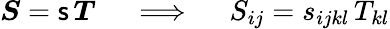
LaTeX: {\boldsymbol{S}}={\mathsf{s}}\, {\boldsymbol{T}}\quad\implies\quad S_{ij}=s_{ijkl}\, T_{kl}